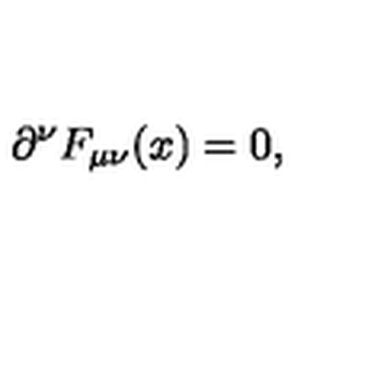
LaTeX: \partial ^ { \nu } F _ { \mu \nu } ( x ) = 0 ,